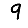
Digit: 9